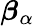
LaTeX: \boldsymbol{\beta}_{\alpha}